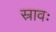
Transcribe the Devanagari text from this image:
स्रावः